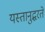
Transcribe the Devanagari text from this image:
यस्तानुद्धरते